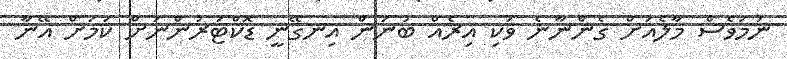
ނަމަވެސް މާލެއަށް ގެންނާނެ ވަކި އިރެއް ބުނަން އިނގޭނީ ޑޮކްޓަރުންނަށް ކަމަށް އޭނާ